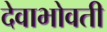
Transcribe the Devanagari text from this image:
देवाभोवती